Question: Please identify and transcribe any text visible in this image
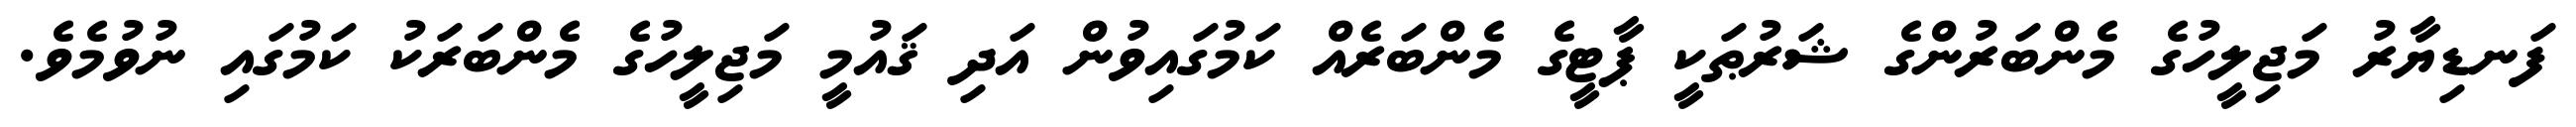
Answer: ފަނޑިޔާރު މަޖިލީހުގެ މެންބަރުންގެ ޝަރުޠަކީ ޕާޓީގެ މެންބަރެއް ކަމުގައިވުން އަދި ޤައުމީ މަޖިލީހުގެ މެންބަރަކު ކަމުގައި ނުވުމެވެ.